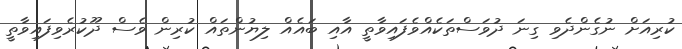
ކުރިއަށް ނުގެންދެވި ގިނަ ދުވަސްތަކެއްވެފައިވާތީ އާއި ބައެއް ލިޔުންތައް ކުރިން ވެސް ދޫކުރެވިފައިވާތީ